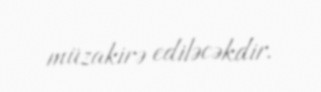
müzakirə ediləcəkdir.